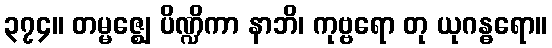
၃၇၄။ တမ္မဇ္ဈေ ပိဏ္ဍိကာ နာဘိ၊ ကုဗ္ဗရော တု ယုဂန္ဓရော။